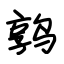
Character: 鹑